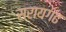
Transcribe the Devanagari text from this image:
सरायगढ